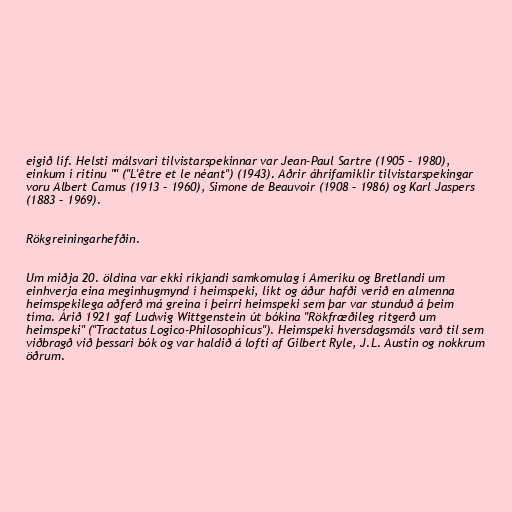
eigið líf. Helsti málsvari tilvistarspekinnar var Jean-Paul Sartre (1905 – 1980),
einkum í ritinu "" ("L'être et le néant") (1943). Aðrir áhrifamiklir tilvistarspekingar
voru Albert Camus (1913 – 1960), Simone de Beauvoir (1908 – 1986) og Karl Jaspers
(1883 – 1969).

Rökgreiningarhefðin.

Um miðja 20. öldina var ekki ríkjandi samkomulag í Ameríku og Bretlandi um
einhverja eina meginhugmynd í heimspeki, líkt og áður hafði verið en almenna
heimspekilega aðferð má greina í þeirri heimspeki sem þar var stunduð á þeim
tíma. Árið 1921 gaf Ludwig Wittgenstein út bókina "Rökfræðileg ritgerð um
heimspeki" ("Tractatus Logico-Philosophicus"). Heimspeki hversdagsmáls varð til sem
viðbragð við þessari bók og var haldið á lofti af Gilbert Ryle, J.L. Austin og nokkrum
öðrum.